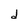
Character: d